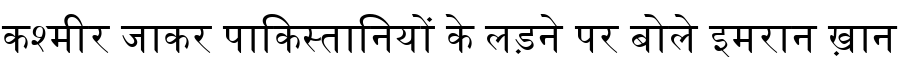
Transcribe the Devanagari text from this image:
कश्मीर जाकर पाकिस्तानियों के लड़ने पर बोले इमरान ख़ान